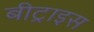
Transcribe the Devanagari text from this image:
बीट्राइस